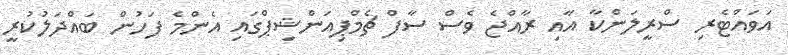
އަވައްޓެރި ސްރީލަންކާ އާއި ރާއްޖެ ވެސް ސާފް ޗެމްޕިއަންޝިޕްގައި އެންމެ ފަހުން ބައްދަލުކުރީ